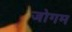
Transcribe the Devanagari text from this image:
जोगम